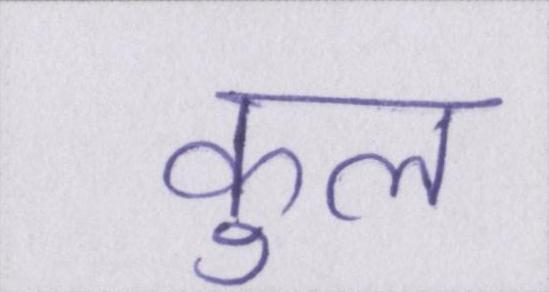
कुल